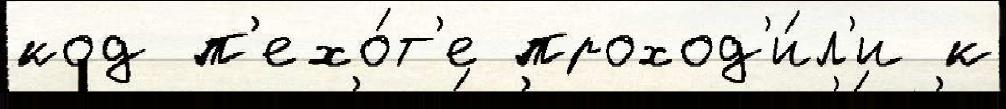
код п'ехо́т'е проход'и́л'и к